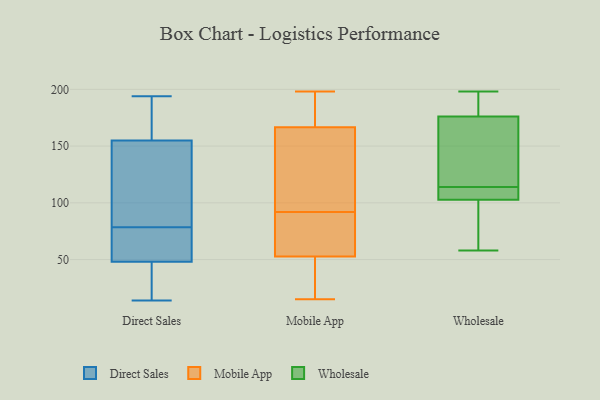
{"axis": {"x": "Latency (ms)", "y": "Value"}, "legend": ["Direct Sales", "Mobile App", "Wholesale"], "data": [{"x": "", "y": 55, "type": "Direct Sales"}, {"x": "", "y": 73, "type": "Direct Sales"}, {"x": "", "y": 173, "type": "Direct Sales"}, {"x": "", "y": 159, "type": "Direct Sales"}, {"x": "", "y": 156, "type": "Direct Sales"}, {"x": "", "y": 71, "type": "Direct Sales"}, {"x": "", "y": 32, "type": "Direct Sales"}, {"x": "", "y": 47, "type": "Direct Sales"}, {"x": "", "y": 101, "type": "Direct Sales"}, {"x": "", "y": 43, "type": "Direct Sales"}, {"x": "", "y": 84, "type": "Direct Sales"}, {"x": "", "y": 194, "type": "Direct Sales"}, {"x": "", "y": 152, "type": "Direct Sales"}, {"x": "", "y": 54, "type": "Direct Sales"}, {"x": "", "y": 154, "type": "Direct Sales"}, {"x": "", "y": 143, "type": "Direct Sales"}, {"x": "", "y": 14, "type": "Direct Sales"}, {"x": "", "y": 46, "type": "Direct Sales"}, {"x": "", "y": 159, "type": "Direct Sales"}, {"x": "", "y": 49, "type": "Direct Sales"}, {"x": "", "y": 198, "type": "Mobile App"}, {"x": "", "y": 57, "type": "Mobile App"}, {"x": "", "y": 181, "type": "Mobile App"}, {"x": "", "y": 59, "type": "Mobile App"}, {"x": "", "y": 40, "type": "Mobile App"}, {"x": "", "y": 15, "type": "Mobile App"}, {"x": "", "y": 137, "type": "Mobile App"}, {"x": "", "y": 174, "type": "Mobile App"}, {"x": "", "y": 92, "type": "Mobile App"}, {"x": "", "y": 148, "type": "Mobile App"}, {"x": "", "y": 33, "type": "Mobile App"}, {"x": "", "y": 79, "type": "Mobile App"}, {"x": "", "y": 90, "type": "Mobile App"}, {"x": "", "y": 177, "type": "Mobile App"}, {"x": "", "y": 164, "type": "Mobile App"}, {"x": "", "y": 147, "type": "Mobile App"}, {"x": "", "y": 39, "type": "Mobile App"}, {"x": "", "y": 176, "type": "Wholesale"}, {"x": "", "y": 198, "type": "Wholesale"}, {"x": "", "y": 109, "type": "Wholesale"}, {"x": "", "y": 176, "type": "Wholesale"}, {"x": "", "y": 125, "type": "Wholesale"}, {"x": "", "y": 58, "type": "Wholesale"}, {"x": "", "y": 113, "type": "Wholesale"}, {"x": "", "y": 96, "type": "Wholesale"}, {"x": "", "y": 191, "type": "Wholesale"}, {"x": "", "y": 105, "type": "Wholesale"}, {"x": "", "y": 60, "type": "Wholesale"}, {"x": "", "y": 129, "type": "Wholesale"}, {"x": "", "y": 114, "type": "Wholesale"}]}